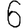
Digit: 6